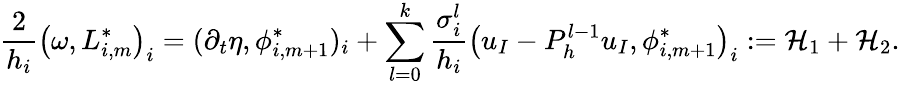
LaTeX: \frac{2}{h_{i}}\left(\omega,L_{i,m}^{*}\right)_{i}=(\partial_{t}\eta,\phi_{i,m+1}^{*})_{i}+\displaystyle\sum_{l=0}^{k}\frac{\sigma_{i}^{l}}{h_{i}}\left(u_{I}-P_{h}^{l-1}u_{I},\phi_{i,m+1}^{*}\right)_{i}:={\cal H}_{1}+{\cal H}_{2}.